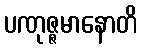
ပဏုဇ္ဇမာနောတိ